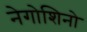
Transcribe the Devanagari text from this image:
नेगोशिनो